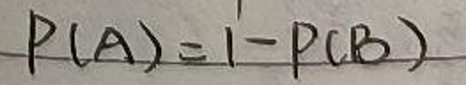
$P(A)=1 - P(B)$